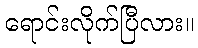
ရောင်းလိုက်ပြီလား။